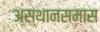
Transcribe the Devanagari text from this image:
अस्थानसमास